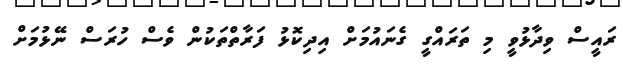
ރައީސް ވިދާޅުވީ މި ތަރައްގީ ގެނައުމަށް އިދިކޮޅު ފަރާތްތަކުން ވެސް ހުރަސް ނޭޅުމަށް